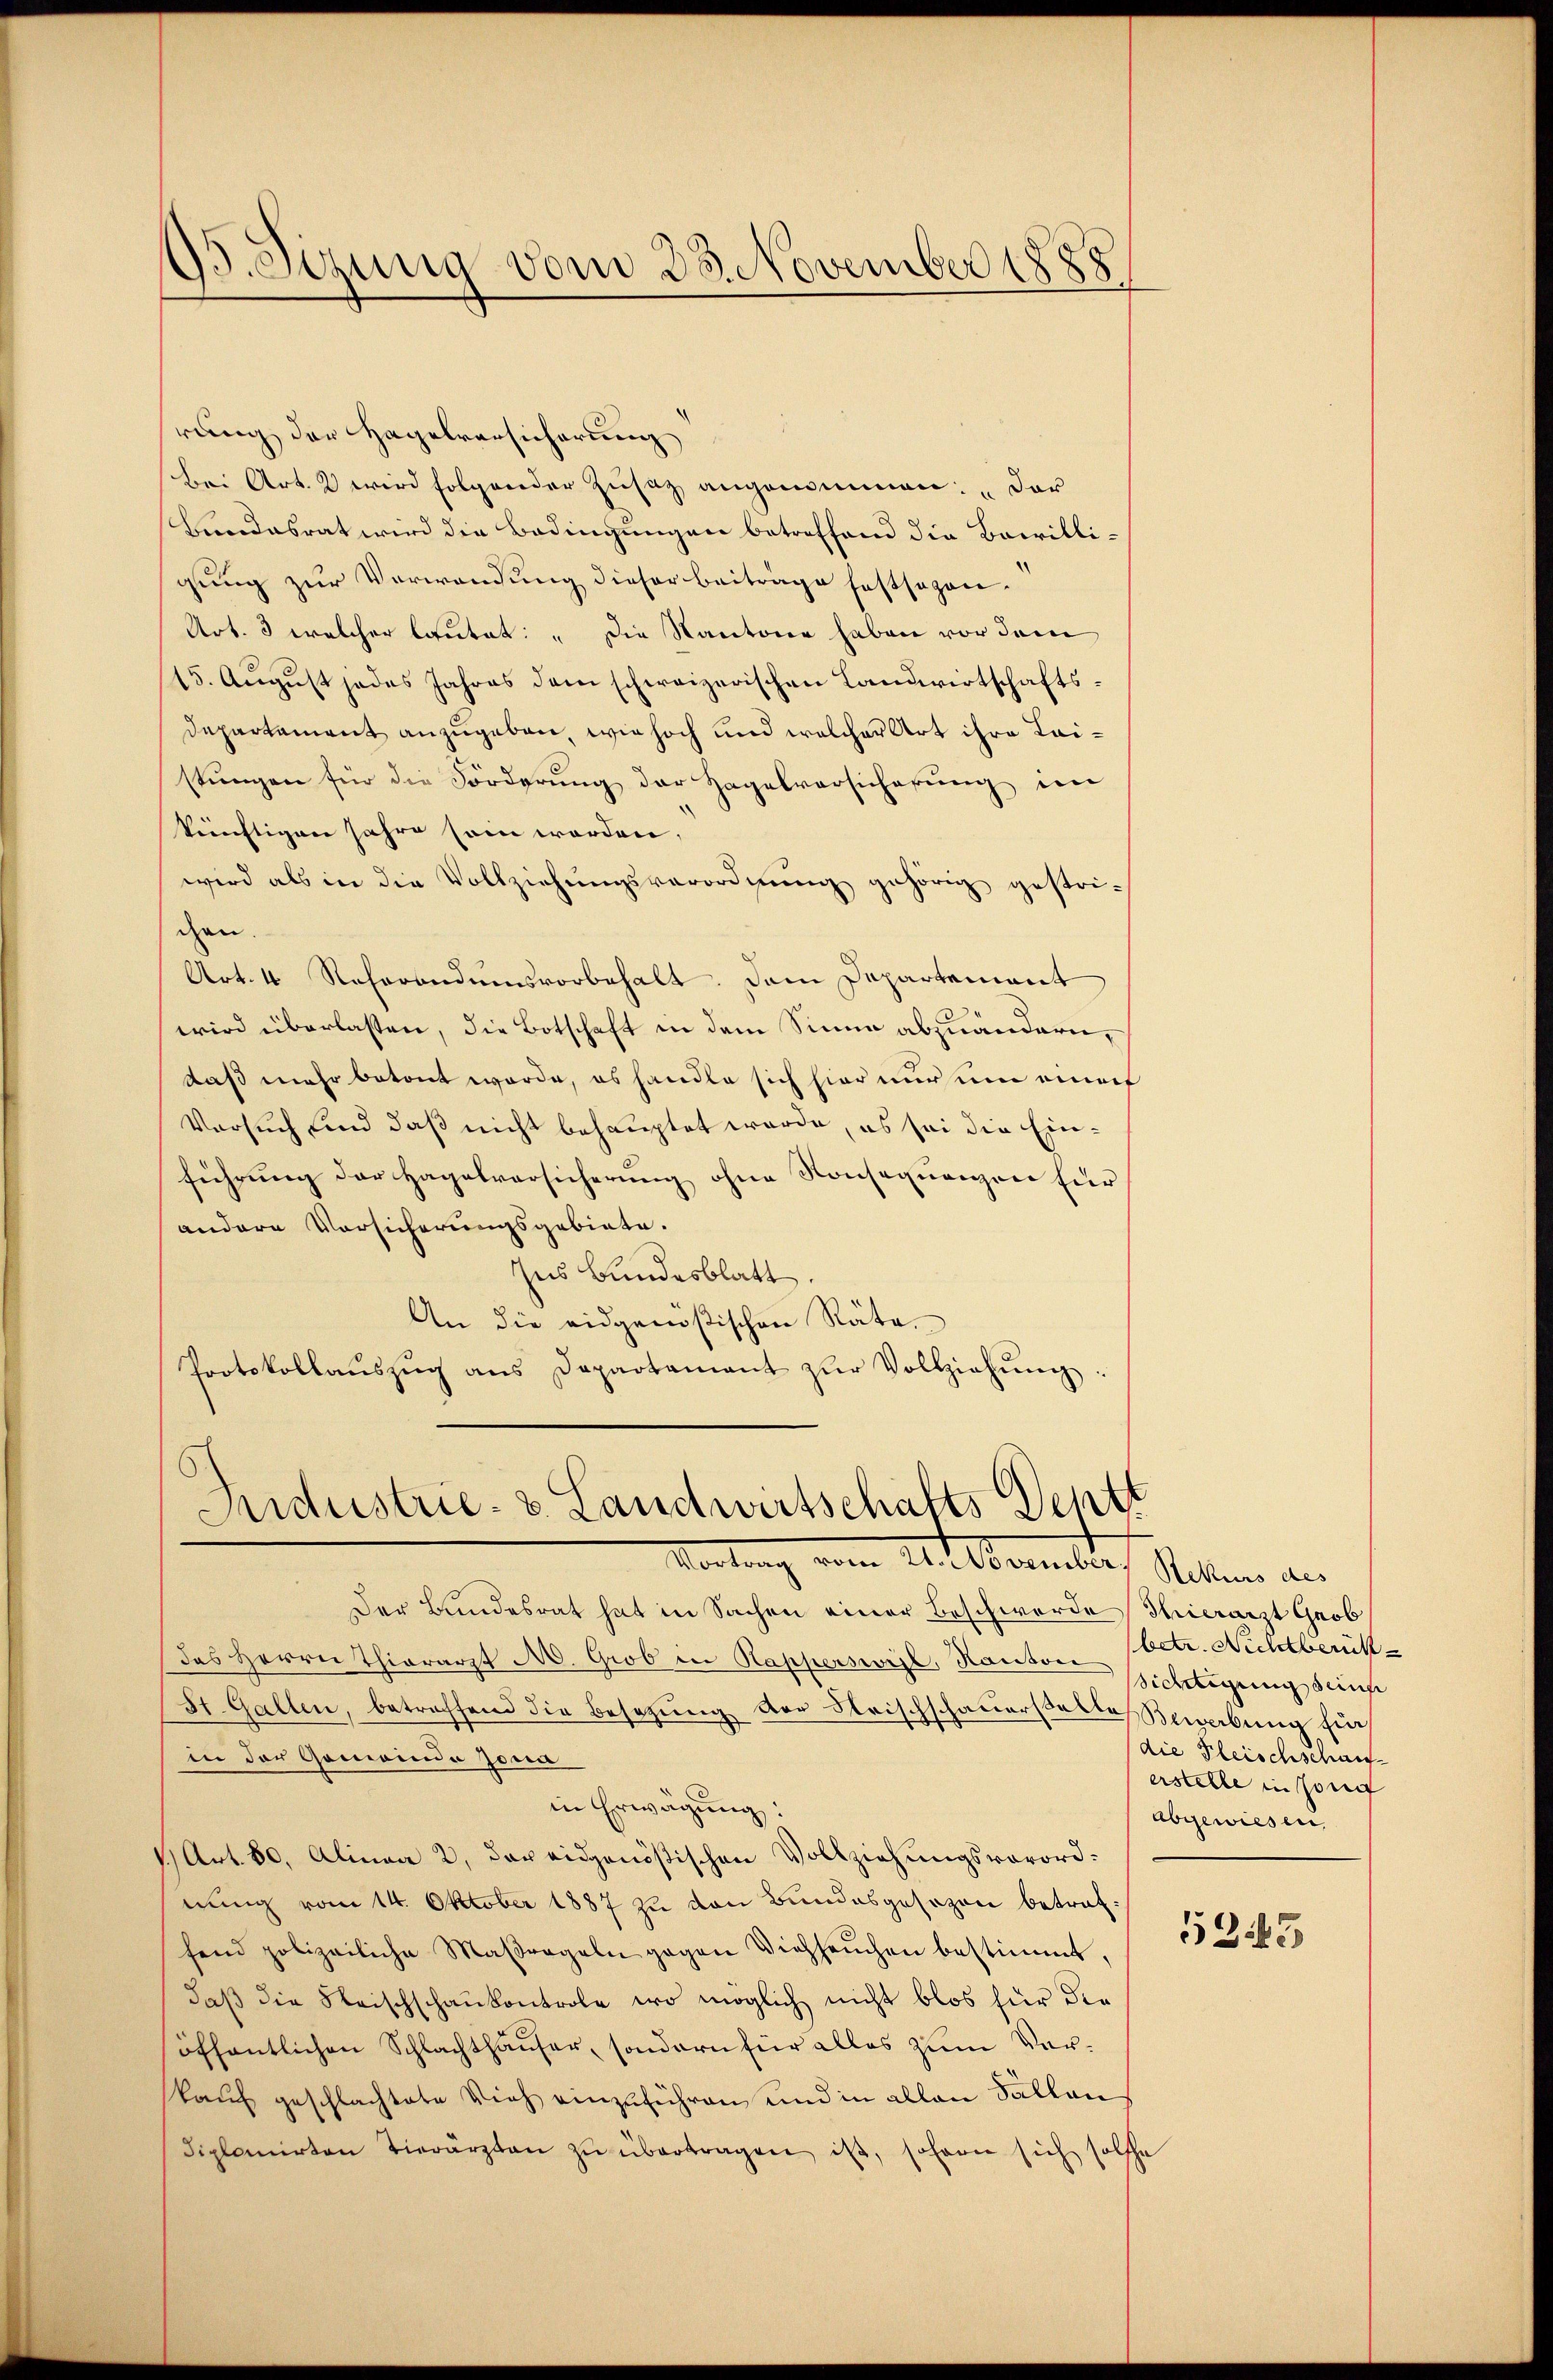
B.Sizung vom 23. November 1885

rung der Hagelversicherung
Bei Art. 2 wird folgender Zusatz angenommen: „Der
Bundesrat wird die Bedingungen betreffend die Bewilligung zur Verwendung dieser Beiträge festsezen.
Art. 3 welcher lautet: „Die Kantone haben vor dem
15. Aŭgŭst jedes Jahres dem schweizerischen Landwirtschafts-
Departement anzugeben, wie hoch und welcher Art ihre Leistungen für die Förderung der Hagelversicherung im
künftigen Jahre sein werden,
wird als in die Vollziehŭngsverordnung gehörig gestrigen.
Art. 4 Referandumsvorbehalt. Dein Departement
wird überlassen, die Botschaft in dem Sinne abzuändern,
daß mehr betont werde, es handle sich hier nur um einef
Versuch sind daß nicht behauptet werde, es sei die Einführung der Hagelversicherung ohne Konsequengen für
andere Vorsicherungsgebiete.
Ins Bundesblatt.
An die eidgenößischen Räte.
Portokollaŭszŭg ans Departamant zŭr Vollziehŭng.

Industrie- v. Landwirtschäfts Dentt
Vortrag vom 24. Obermlers Ritter an

Der Bundesrat hat in Sachen einer Beschwerde Thierarzt Grob
das Herrn Thierarzt M. Grob in Rapperswil, Hauser sichtigung dense
St. Gallen, betreffend die Besetzung der Frischschauerstatte Bewerbung für
in der Gemeinde Jona
in Erwägung:
1 Art. 80, Alinea 2. das eidgenößischen Vollziehungsverordnung vom 14. Oktober 1887 zu den Bundesgesezen betraffend polizeiliche Maßregeln gegen Viehheŭchen bestimmt,
daβ die Steischschaukontrole, wo möglich nicht blos für die
öffentlichen Schlachthauser, sondern für alles zum Vorkaŭf geschlachtete Vieh einzŭführen, und in allen Fällen
diplomirten Tierärzten zŭ übertragen ist, sofern sich solche

betr. Nichtberück
die Fleischschauf
erstelle in son
abgewiesen,

5245